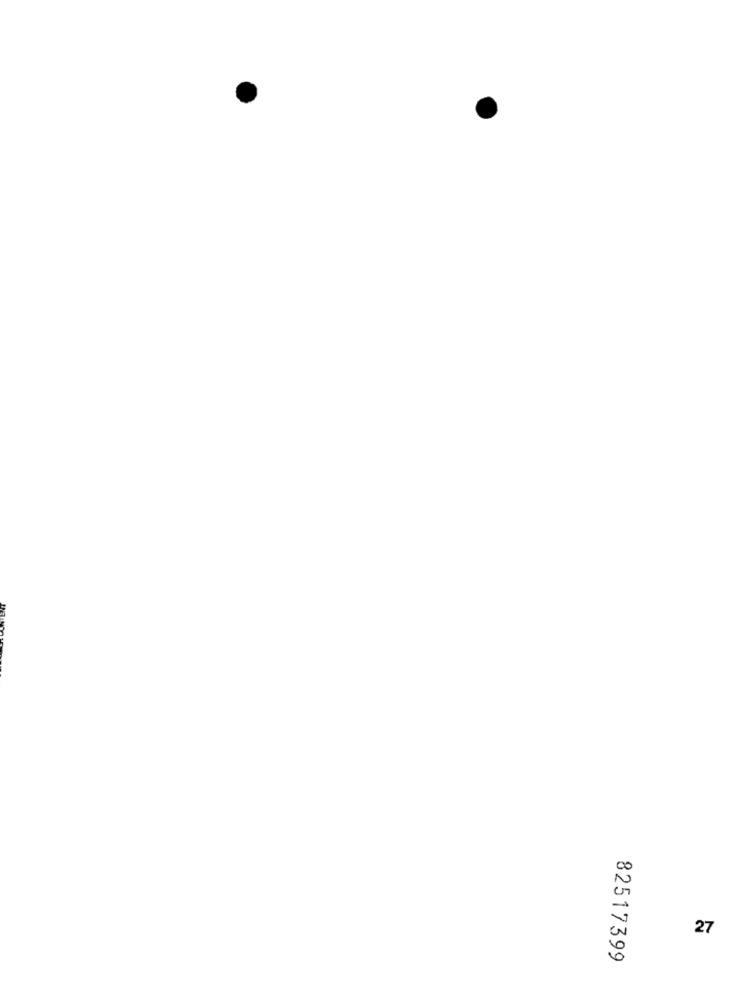
27
82517399